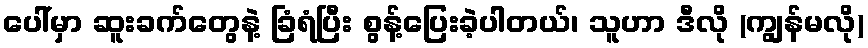
ပေါ်မှာ ဆူးခက်တွေနဲ့ ခြံရံပြီး စွန့်ပြေးခဲ့ပါတယ်၊ သူဟာ ဒီလို (ကျွန်မလို)